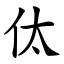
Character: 㑀